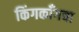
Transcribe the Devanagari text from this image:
किंगकाँगचा